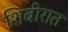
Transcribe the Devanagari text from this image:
शिबीरात